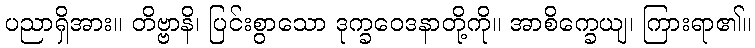
ပညာရှိအား။ တိဗ္ဗာနိ၊ ပြင်းစွာသော ဒုက္ခဝေဒနာတို့ကို။ အာစိက္ခေယျ၊ ကြားရာ၏။